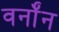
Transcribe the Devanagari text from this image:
वर्नॉन